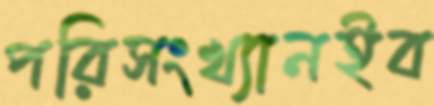
পরিসংখ্যানইব